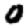
Digit: 0